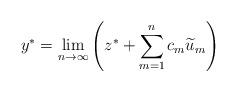
LaTeX: \begin{align*} y^* = \lim_{n \rightarrow \infty} \left( z^* + \sum_{m=1}^n c_m \widetilde{u}_m \right) \end{align*}